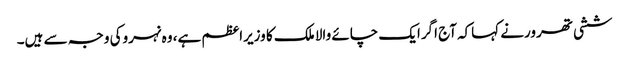
ششی تھرورنے کہاکہ آج اگرایک چائے والا ملک کا وزیراعظم ہے، وہ نہروکی وجہ سے ہیں۔